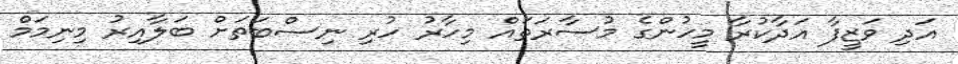
އަދި ވަޒީފާ އަދާކުރާ މީހުންގެ މުސާރަތައް މިހާރު ހުރި ނިސްބަތަށް ބަލާއިރު މިނިމަމް